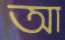
আ